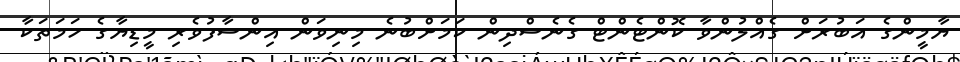
ޔާމީންގެ އަބުރަށް ގެއްލުންވާ ކޮންޓެންޓް ގެނެސްދިން ކަމަށްބުނެ މިނިވަން އިންސާފުވެރި މީޑިޔާގެ ހަމަތަކާ